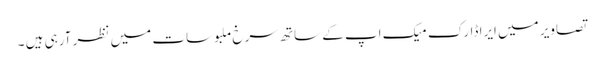
تصاویر میں ایرا ڈارک میک اپ کے ساتھ سرخ ملبوسات میں نظر آرہی ہیں ۔